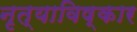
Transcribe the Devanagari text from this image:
नृत्याविष्कार